Leaving Certificate Examination (including Day School Certificate (Higher) General paper), 1939
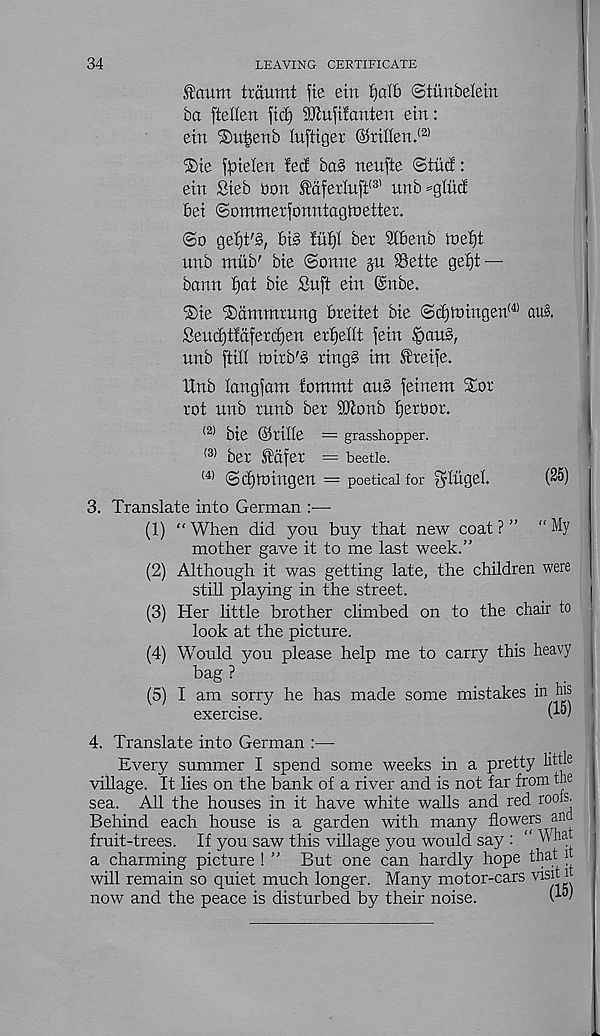
34
LEAVING CERTIFICATE
Return trdumt fie ein f)al£> Siunbelein
ba ftellen fid) SJlufifanten ein:
etn ®ui^enb lufiiger ©rinen. (2)
®ie \pielen ted ba§ txeufie ©tiic!:
ein Sieb bon I'dferluft' 3 ' unb =gluci
Bei ©ommetfonntaglnettex.
(So gei)t'§, 6t§ !u^I ber SiBenb n>el)t
unb mub' bte (Sonne $u SSette gef)t —
bann f)at bte Suft etn ©nbe.
®te ®dtnntrung breitei bie ©djiningen' 4 ’ au§.
Seud)t!dferd)en erijeHt fein .§au§,
unb [till nuxb'S xtng§ inx Sfceife.
Unb langjam fommt aug jeinem Stox
xot unb xunb bex Monb tjexbox,
<2) bte ©XtHe = grasshopper.
(3) bex Mfex = beetle.
(4) (Sdjtntngen = poetical for ^litgel
(25)
3. Translate into German —
(1) “ When did you buy that new coat ? ” “ My
mother gave it to me last week.”
(2) Although it was getting late, the children were
still playing in the street.
(3) Her little brother climbed on to the chair to
look at the picture.
(4) Would you please help me to carry this heavy
bag?
•
• v
(5) I am sorry he has made some mistakes in his
exercise.
4. Translate into German :•—
Every summer I spend some weeks in a pretty littl 6
village. It lies on the bank of a river and is not far from the
sea. All the houses in it have white walls and red roots.
Behind each house is a garden with many flowers ana
fruit-trees. If you saw this village you would say : “ nha
a charming picture ! ” But one can hardly hope that i
will remain so quiet much longer. Many motor-cars visit i
now and the peace is disturbed by their noise.
(15)